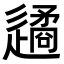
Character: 𨗝